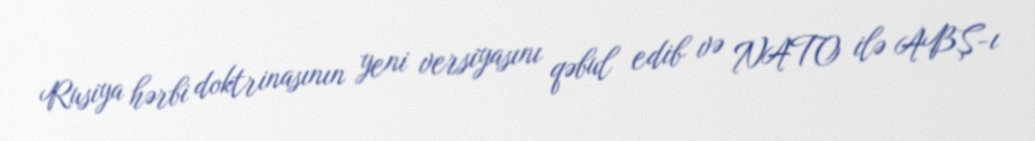
Rusiya hərbi doktrinasının yeni versiyasını qəbul edib və NATO ilə ABŞ-ı